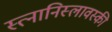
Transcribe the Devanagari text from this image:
स्त्नानिस्लावस्की